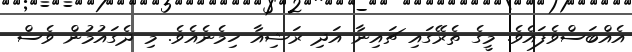
އެއްބަސްވެފައެވެ. މީގެ ތެރޭގައި ޗައިނާ އަދި ރަޝިއާ ހިމެނެއެވެ. މި ދެގައުމުން ވެސް